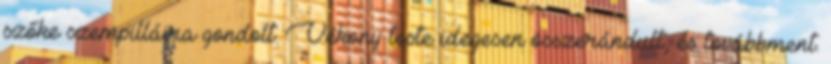
szőke szempilláira gondolt. Vékony teste idegesen összerándult, és továbbment.